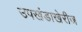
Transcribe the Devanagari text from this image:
उपखंडाखेरीज